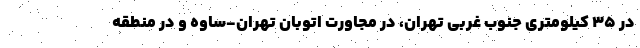
در ۳۵ کیلومتری جنوب غربی تهران، در مجاورت اتوبان تهران-ساوه و در منطقه